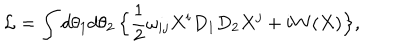
{ \cal L } = \int d \theta _ { 1 } d \theta _ { 2 } \, \Bigl \{ \frac { 1 } { 2 } \omega _ { i j } X ^ { i } D _ { 1 } D _ { 2 } X ^ { j } + i W ( X ) \Bigr \} ,